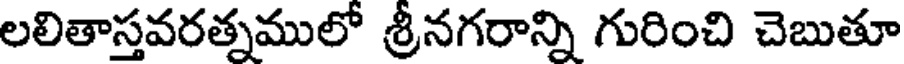
లలితాస్తవరత్నములో శ్రీనగరాన్ని గురించి చెబుతూ